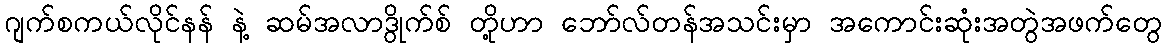
ဂျက်စကယ်လိုင်နန် နဲ့ ဆမ်အလာဒွိုက်စ် တို့ဟာ ဘော်လ်တန်အသင်းမှာ အကောင်းဆုံးအတွဲအဖက်တွေ